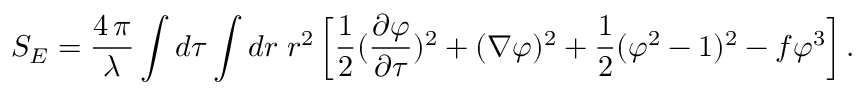
S _ { E } = { \frac { 4 \, \pi } { \lambda } } \int d \tau \int d r \; r ^ { 2 } \left[ { \frac { 1 } { 2 } } { ( { \frac { \partial \varphi } { \partial \tau } } ) ^ { 2 } + ( \nabla \varphi ) ^ { 2 } } + { \frac { 1 } { 2 } } ( \varphi ^ { 2 } - 1 ) ^ { 2 } - f \varphi ^ { 3 } \right] .